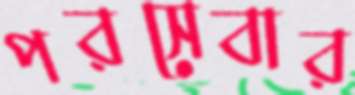
পরসেবার